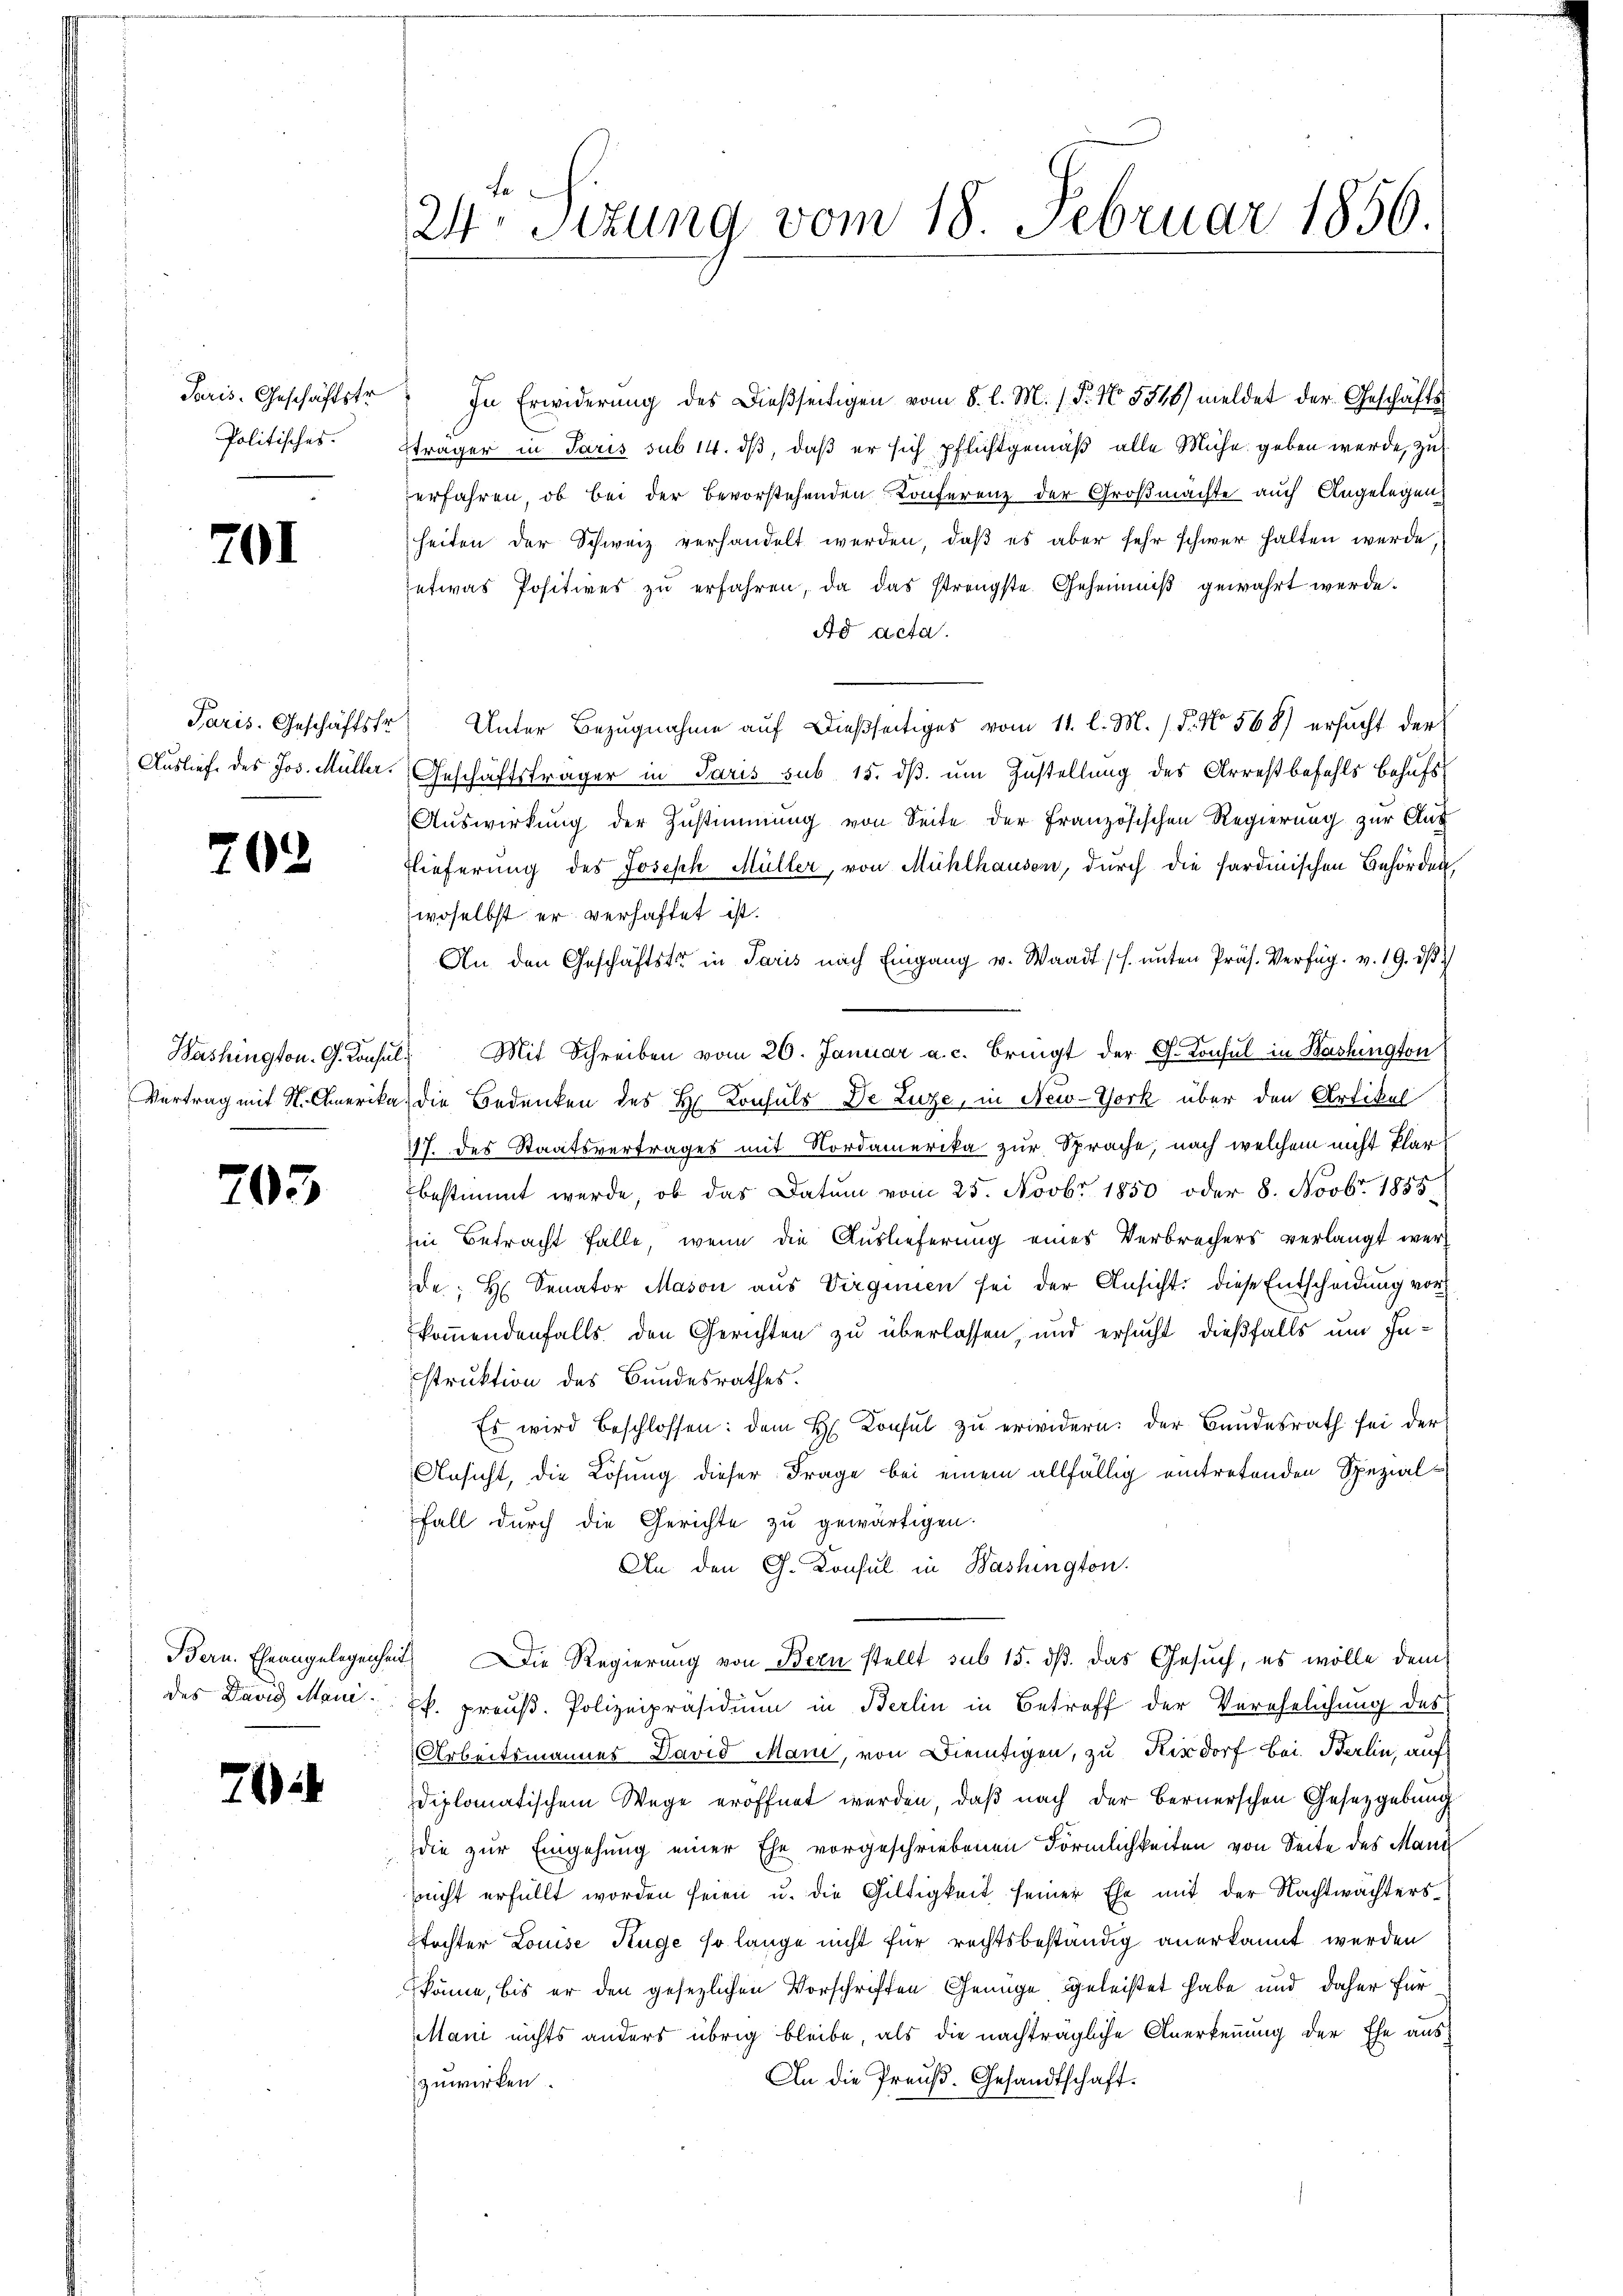
Politisches.

701

702

703

76

24. Sizung vom 18. Februar 1856.

Paris. Geschäftstr. In Erwiderŭng des Dieβseitigen vom 8. l. M. (T. N. 5548) meldet der Geschäfts-
Eträger in Paris sub 14. ds, daß er sich pflichtgemäß alle Mühe geben werde, zu
zerfahren, ob bei der Bevorstehenden Konferenz der Großmachte auch Angelegen
heiten der Schweiz verhandelt werden, daß es aber sehr schwer halten werde,
etwas Positives zu erfahren, da das strengste Geheimniß gewahrt werde.
Ad acta.
Paris. Geschäftstr. Unter Bezŭgnahme aŭf dießseitiges vom 11. l. M. 15. No 568) ersŭcht der
Ausliefe des Jos. Müller. Geschäftsträger in Paris sub 15. dβ um Zustellung des Arrestbefehls behufs
Auswirkung der Zustimmung von Seite der Französischen Regierung zur Aus
Tieferung des Joseph Müller, von Mühlhausen, durch die sardinischen Behörden,
woselbst er verhaftet ist.
An den Geschäftstr in Paris nach Eingang v. Waadt (s. unten Präs. Verfüg. v. 19. dβ
Washington. G. Konsŭl. Mit Schreiben vom 26. Januar a. c. bringt der G. Konsul in Washington
Vertrag mit St. Amerika, die Bedenken des H. Konsuls De Luze, in New-York über den Artikel
17. des Staatsvertrages mit Nordamerika zur Sprache, nach welchem nicht klar
bestimmt werde, ob das Datum vom 25. Novbr. 1850 oder 8. Novbr. 1855
Ein Betracht fälle, wenn die Auslieferung eines Verbrechers verlangt werd
de; H. Senator Mason aus Virginien sei der Ansicht: diese Entscheidung vor
kommendenfalls den Gerichten zu überlassen, und ersucht dießfalls um Instruktion des Bundesrathes.
Es wird beschlossen: dem H. Konsŭl zŭ erwidern: der Bundesrath sei der
Ansicht, die Lösung dieser Frage bei einem allfällig eintretenden Spezial-
Fall durch die Gerichte zu gewärtigen.
An den G. Konsul in Washington.
Bern. Eheangelegenheit Die Regierung von Bern stellt sub 15. ds. das Gesuch, es wolle dem
des David Mani. k. preuß. Polizeipräsidium in Berlin in Betreff der Verehelichung des
Arbeitsmannes David Mani, von Dientigen, zu Kisdorf bei Berlin, auf
diplomatischem Wege eröffnet werden, daß nach der Bernerschen Gesetzgebung
die zur Eingehung einer Ehe vorgeschriebenen Förmlichkeiten von Seite des Mann
nicht erfüllt worden seien u. die Giltigkeit seiner Ehe mit der Nachtwächtersstochter Louise Kuge so lange nicht für rechtsbeständig anerkannt werden
könne, bis er den gesezlichen Vorschriften Genüge geleistet habe und daher für
Mani nichts anders übrig bleibe, als die nachträgliche Anerkennung der Ehe aus
An die Preuß. Gesandtschaft.
zuwirken.